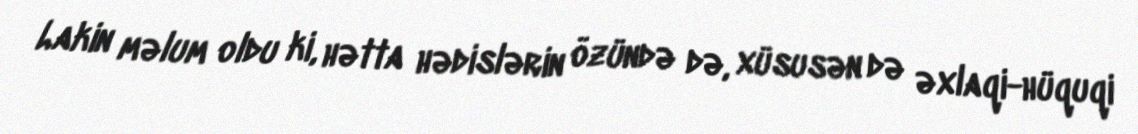
Lakin məlum oldu ki, hətta hədislərin özündə də, xüsusən də əxlaqi-hüquqi